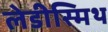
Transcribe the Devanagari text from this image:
लेडीस्मिथ